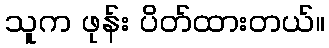
သူက ဖုန်း ပိတ်ထားတယ်။